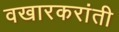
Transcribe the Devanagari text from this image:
वखारकरांती